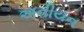
અનીયન